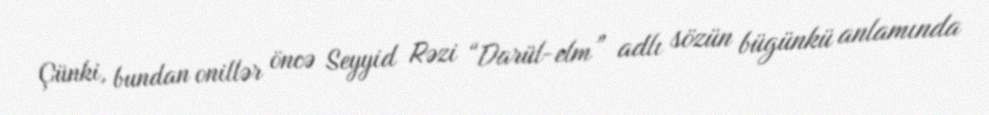
Çünki, bundan onillər öncə Seyyid Rəzi “Darül-elm” adlı sözün bügünkü anlamında